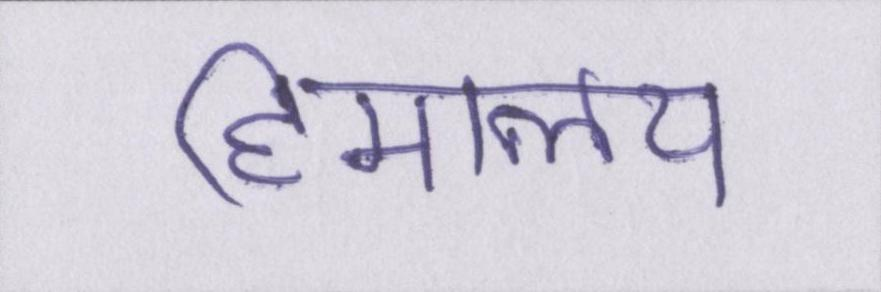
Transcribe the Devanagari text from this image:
हिमालय